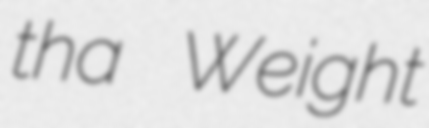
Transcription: tha Weight